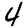
Digit: 4